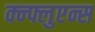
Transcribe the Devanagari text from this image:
क्न्फ्लुएन्स